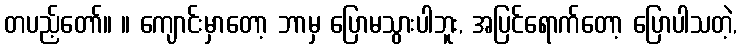
တပည့်တော်။ ။ ကျောင်းမှာတော့ ဘာမှ ပြောမသွားပါဘူး, အပြင်ရောက်တော့ ပြောပါသတဲ့,